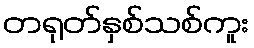
တရုတ်နှစ်သစ်ကူး